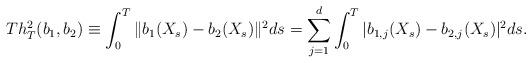
LaTeX: \begin{align*}Th_T^2(b_1,b_2) \equiv \int_0^T \|b_1(X_s)-b_2(X_s)\|^2 ds = \sum_{j=1}^d \int_0^T |b_{1,j}(X_s)-b_{2,j}(X_s)|^2 ds.\end{align*}